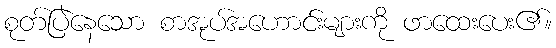
စုတ်ပြဲနေသော စာအုပ်အဟောင်းများကို ဖာထေးပေး၏။